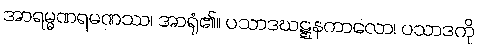
အာရမ္မဏရမဏဿ၊ အာရုံ၏။ ပသာဒဃဋ္ဋနကာလော၊ ပသာဒကို